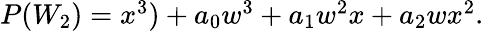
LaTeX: \begin{array}{lcr}{{P(W_{2})=x^{3})+a_{0}w^{3}+a_{1}w^{2}x+a_{2}wx^{2}.}}\end{array}